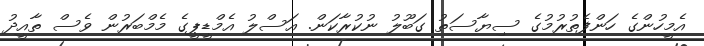
އެމީހުންގެ ހަންފެތުރުމުގެ ސިޔާސަތު ގަބޫލު ނުކުރާކަން. އަސްލު އެމްޑީޕީގެ މެމްބަރުން ވެސް ތާއީދު